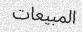
المبيعات